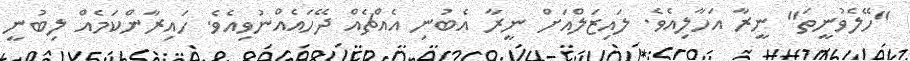
"ހޭލެވުނީތަ" ނީރާ އަހާލިއެވެ. ލައިޒަލްއަށް ނީރާ އެބުނި އެއްޗެއް ދޭހައެއްނުވިއެވެ. ހައިރާންކަމެއް ލިބުނީ